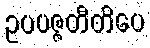
ဥပပဇ္ဇတီတိပေ